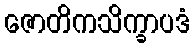
ဇောတိကသိက္ခာပဒံ